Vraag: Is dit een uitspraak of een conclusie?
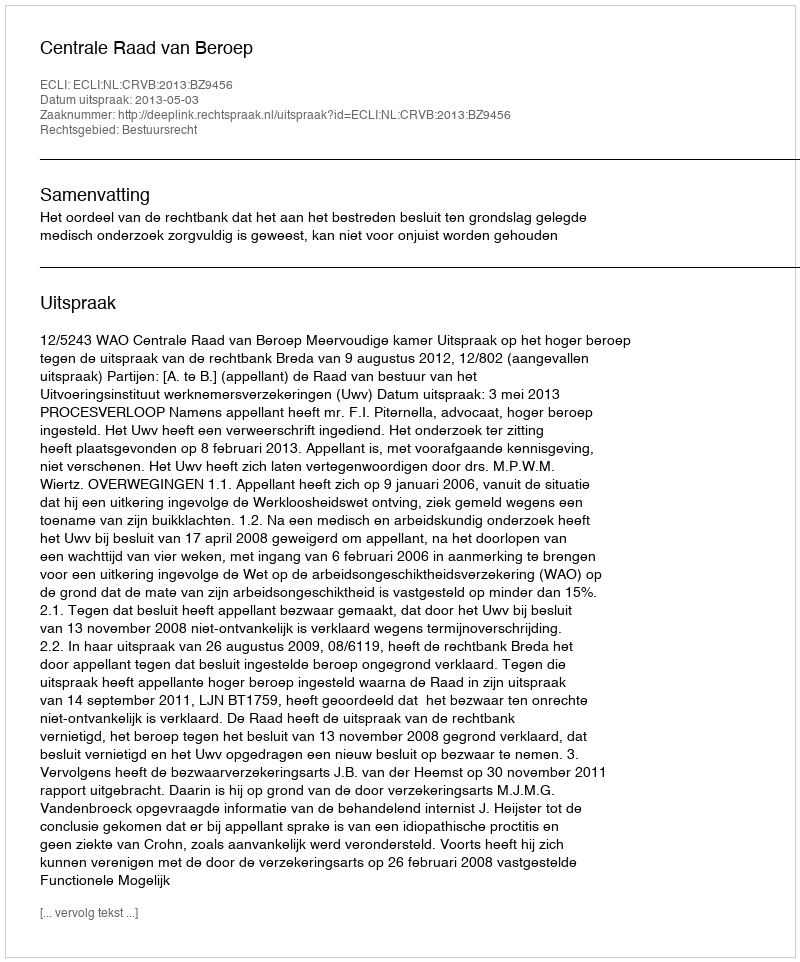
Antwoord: Uitspraak